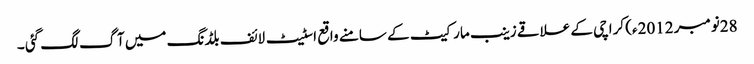
28نومبر 2012ء) کراچی کے علاقے زینب مارکیٹ کے سامنے واقع اسٹیٹ لائف بلڈنگ میں آگ لگ گئی ۔